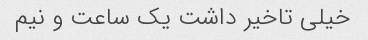
خیلی تاخیر داشت یک ساعت و نیم